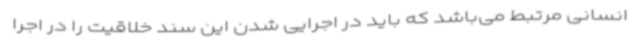
انسانی مرتبط می‌باشد که باید در اجرایی شدن این سند خلاقیت را در اجرا